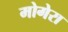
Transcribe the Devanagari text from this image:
मोगेरा